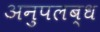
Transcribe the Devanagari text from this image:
अनुपलब्‍ध